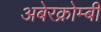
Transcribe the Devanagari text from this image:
अबेरक्रोम्बी